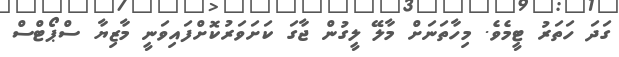
ގަދަ ހަތަރު ޓީމެވެ. މިހާތަނަށް މާލޭ ލީގުން ޖާގަ ކަށަވަރުކޮށްފައިވަނީ މާޒިޔާ ސްޕޯޓްސް